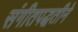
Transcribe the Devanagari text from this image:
संगीतपद्धतीने